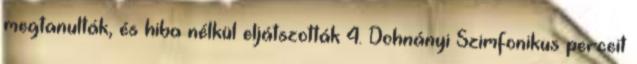
megtanulták, és hiba nélkül eljátszották 4. Dohnányi Szimfonikus perceit